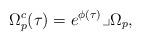
LaTeX: \begin{align*}\Omega^c_p(\tau)=e^{\phi(\tau)}\lrcorner\Omega_p,\end{align*}